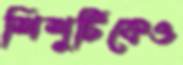
শিশুটিকেও